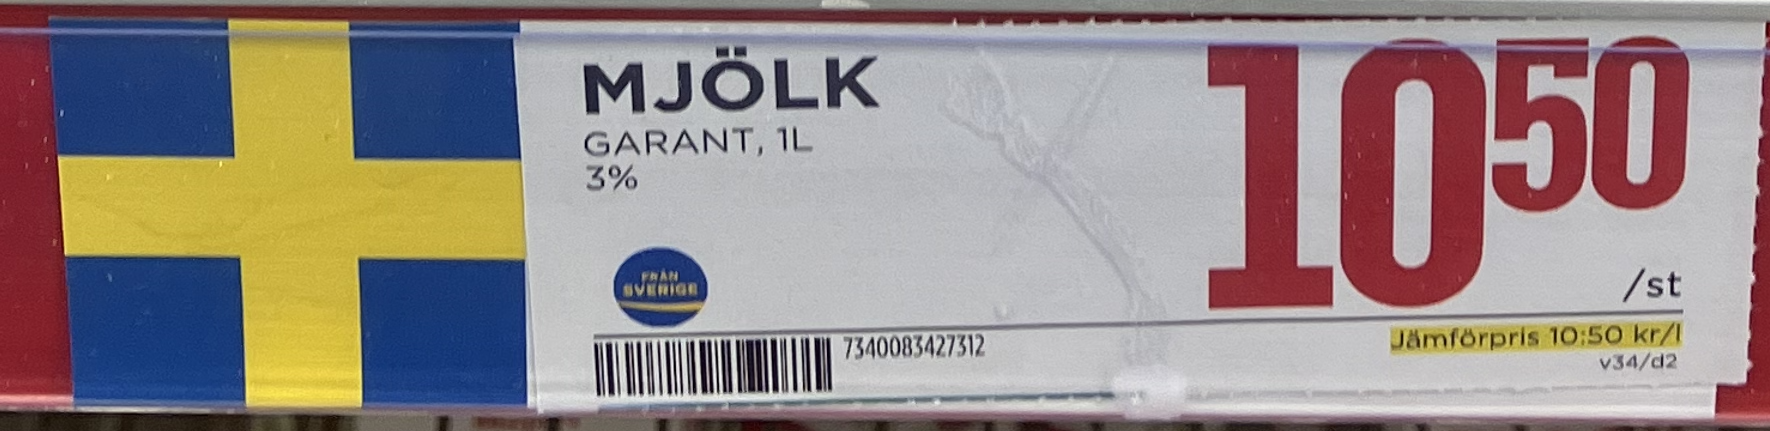
Vara: Mjölk
Genomsnittspris: 10.5 per L